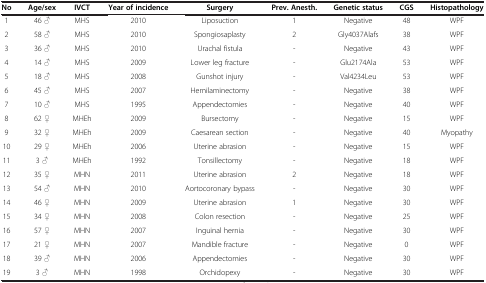
| No | Age/sex | IVCT | Year of incidence | Surgery | Prev. Anesth. | Genetic status | CGS | Histopathology |
 | --- | --- | --- | --- | --- | --- | --- | --- | --- |
 | 1 | 46 ♂ | MHS | 2010 | Liposuction | 1 | Negative | 48 | WPF |
 | 2 | 58 ♂ | MHS | 2010 | Spongiosaplasty | 2 | Gly4037Alafs | 38 | WPF |
 | 3 | 36 ♂ | MHS | 2010 | Urachal fistula | - | Negative | 43 | WPF |
 | 4 | 14 ♂ | MHS | 2009 | Lower leg fracture | - | Glu2174Ala | 53 | WPF |
 | 5 | 18 ♂ | MHS | 2008 | Gunshot injury | - | Val4234Leu | 53 | WPF |
 | 6 | 45 ♂ | MHS | 2007 | Hemilaminectomy | - | Negative | 38 | WPF |
 | 7 | 10 ♂ | MHS | 1995 | Appendectomies | - | Negative | 40 | WPF |
 | 8 | 62 ♀ | MHEh | 2009 | Bursectomy | - | Negative | 15 | WPF |
 | 9 | 32 ♀ | MHEh | 2009 | Caesarean section | - | Negative | 40 | Myopathy |
 | 10 | 29 ♀ | MHEh | 2006 | Uterine abrasion | - | Negative | 15 | WPF |
 | 11 | 3 ♂ | MHEh | 1992 | Tonsillectomy | - | Negative | 18 | WPF |
 | 12 | 35 ♀ | MHN | 2011 | Uterine abrasion | 2 | Negative | 18 | WPF |
 | 13 | 54 ♂ | MHN | 2010 | Aortocoronary bypass | - | Negative | 30 | WPF |
 | 14 | 46 ♀ | MHN | 2009 | Uterine abrasion | 1 | Negative | 30 | WPF |
 | 15 | 34 ♀ | MHN | 2008 | Colon resection | - | Negative | 25 | WPF |
 | 16 | 57 ♀ | MHN | 2007 | Inguinal hernia | - | Negative | 30 | WPF |
 | 17 | 21 ♀ | MHN | 2007 | Mandible fracture | - | Negative | 0 | WPF |
 | 18 | 39 ♂ | MHN | 2006 | Appendectomies | - | Negative | 30 | WPF |
 | 19 | 3 ♂ | MHN | 1998 | Orchidopexy | - | Negative | 30 | WPF |